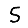
Digit: 5